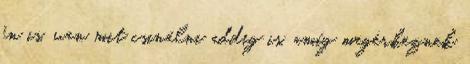
én is, van mit csinálni addig is, amíg megérkeznek